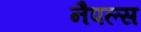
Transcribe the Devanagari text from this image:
नैपल्स